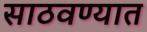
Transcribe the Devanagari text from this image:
साठवण्यात